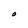
Character: O